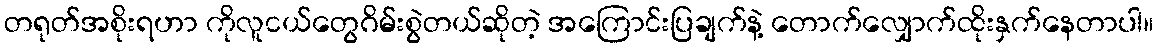
တရုတ်အစိုးရဟာ ကိုလူငယ်တွေဂိမ်းစွဲတယ်ဆိုတဲ့ အကြောင်းပြချက်နဲ့ တောက်လျှောက်ထိုးနှက်နေတာပါ။